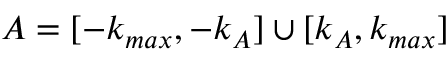
A = [ - k _ { m a x } , - k _ { A } ] \cup [ k _ { A } , k _ { m a x } ]